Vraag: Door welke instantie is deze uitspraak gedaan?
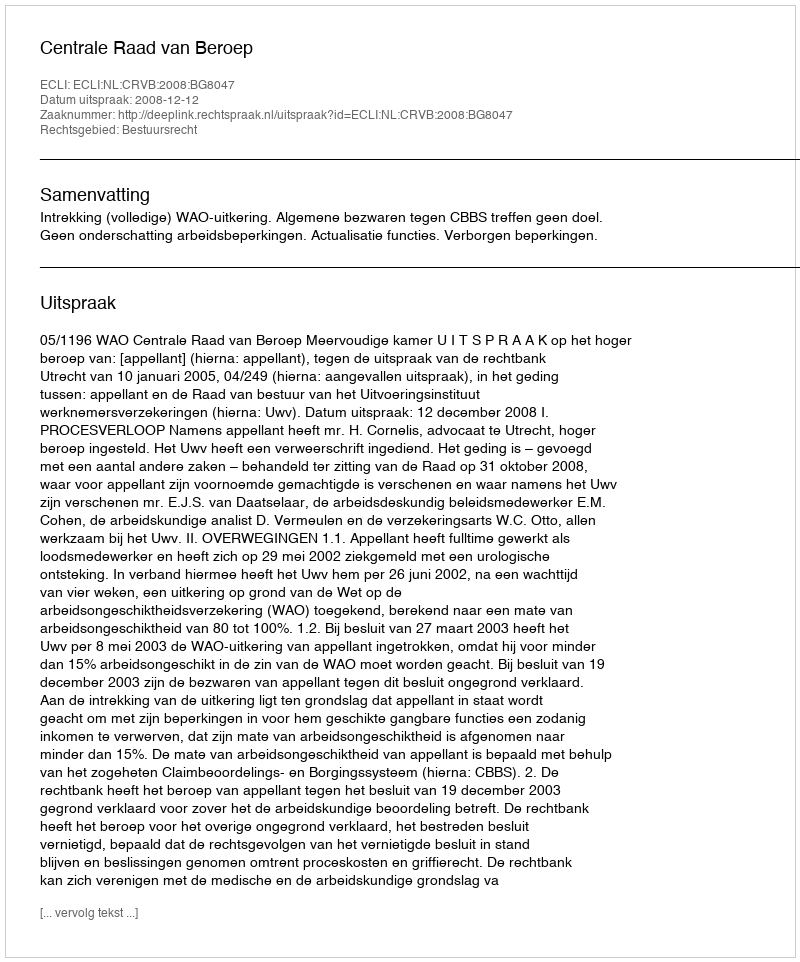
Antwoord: Centrale Raad van Beroep